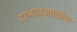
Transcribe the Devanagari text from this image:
दाभोळजवळील